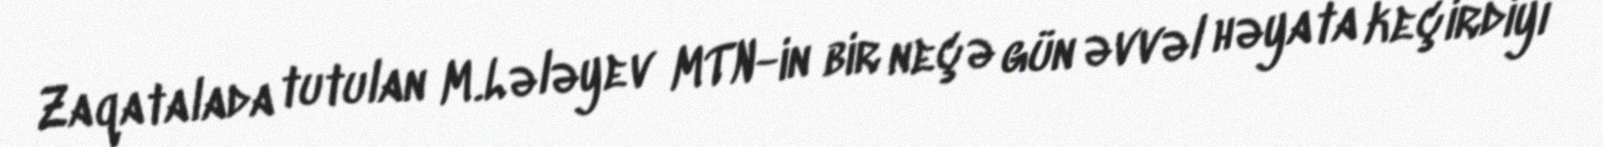
Zaqatalada tutulan M.Lələyev MTN-in bir neçə gün əvvəl həyata keçirdiyi